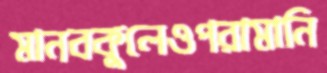
মানবকুলেওপরামানি